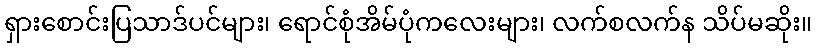
ရှားစောင်းပြသာဒ်ပင်များ၊ ရောင်စုံအိမ်ပုံကလေးများ၊ လက်စလက်န သိပ်မဆိုး။